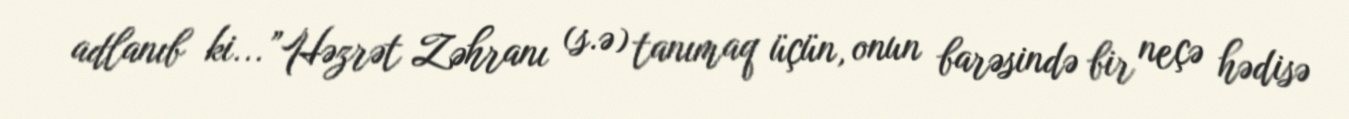
adlanıb ki...”Həzrət Zəhranı (s.ə) tanımaq üçün, onun barəsində bir neçə hədisə